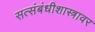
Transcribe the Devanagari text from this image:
सत्संबंधीशास्त्रावर